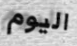
اليوم